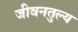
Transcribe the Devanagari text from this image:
जीवनतुल्य